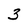
Character: 3